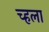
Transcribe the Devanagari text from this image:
च्हला